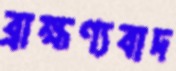
ব্রাহ্মণ্যবাদ